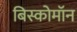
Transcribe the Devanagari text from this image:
बिस्कोमॉन